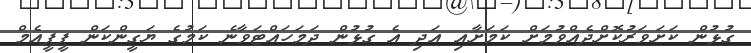
ގުޅުން ކަށަވަރުކޮށްދެއްވުމަށް ކަމަށާއި އަދި އެ ގުޅުން ދަމަހައްޓަވާނެ ކަމުގެ ޔަގީންކަން ޕީޕީއެމް